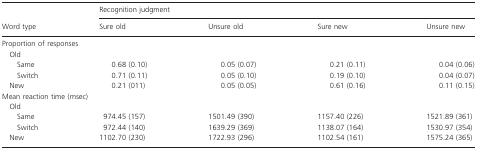
<table><thead><tr><td></td><td colspan="4"><b>Recognition judgment</b></td></tr><tr><td><b>Word type</b></td><td><b>Sure old</b></td><td><b>Unsure old</b></td><td><b>Sure new</b></td><td><b>Unsure new</b></td></tr></thead><tbody><tr><td colspan="5">Proportion of responses</td></tr><tr><td colspan="5"> Old</td></tr><tr><td>Same</td><td>0.68 (0.10)</td><td>0.05 (0.07)</td><td>0.21 (0.11)</td><td>0.04 (0.06)</td></tr><tr><td>Switch</td><td>0.71 (0.11)</td><td>0.05 (0.10)</td><td>0.19 (0.10)</td><td>0.04 (0.07)</td></tr><tr><td> New</td><td>0.21 (011)</td><td>0.05 (0.05)</td><td>0.61 (0.16)</td><td>0.11 (0.15)</td></tr><tr><td colspan="5">Mean reaction time (msec)</td></tr><tr><td colspan="5"> Old</td></tr><tr><td>Same</td><td>974.45 (157)</td><td>1501.49 (390)</td><td>1157.40 (226)</td><td>1521.89 (361)</td></tr><tr><td>Switch</td><td>972.44 (140)</td><td>1639.29 (369)</td><td>1138.07 (164)</td><td>1530.97 (354)</td></tr><tr><td> New</td><td>1102.70 (230)</td><td>1722.93 (296)</td><td>1102.54 (161)</td><td>1575.24 (365)</td></tr></tbody></table>